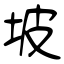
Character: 坡